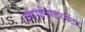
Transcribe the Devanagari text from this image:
एकाईनोडरमेंटा